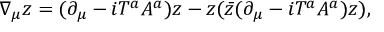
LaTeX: \nabla _ { \mu } z = ( \partial _ { \mu } - i T ^ { a } A ^ { a } ) z - z ( \bar { z } ( \partial _ { \mu } - i T ^ { a } A ^ { a } ) z ) ,